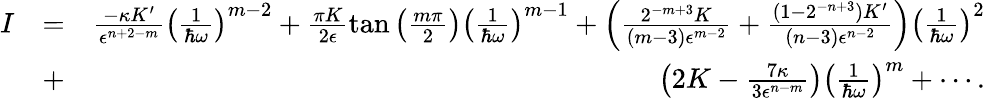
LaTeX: \begin{array}{rlr}{I}&{=}&{\frac{-\kappa K^{\prime}}{\epsilon^{n+2-m}}\left(\frac{1}{\hbar\omega}\right)^{m-2}+\frac{\pi K}{2\epsilon}\tan\left(\frac{m\pi}{2}\right)\left(\frac{1}{\hbar\omega}\right)^{m-1}+\left(\frac{2^{-m+3}K}{(m-3)\epsilon^{m-2}}+\frac{(1-2^{-n+3})K^{\prime}}{(n-3)\epsilon^{n-2}}\right)\left(\frac{1}{\hbar\omega}\right)^{2}}\\ &{+}&{\left(2K-\frac{7\kappa}{3\epsilon^{n-m}}\right)\left(\frac{1}{\hbar\omega}\right)^{m}+\cdots.}\end{array}